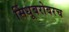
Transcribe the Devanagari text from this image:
सिंधूबरोबरच